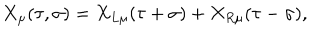
X _ { \mu } ( \tau , \sigma ) = X _ { L \mu } ( \tau + \sigma ) + X _ { R \mu } ( \tau - \sigma ) ,